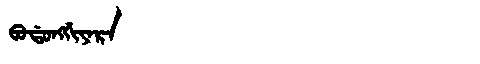
Manchu: ᠪᠣᡩᠣᠩᡤᡳᠶᠠᡵᠠ
Romanization: BODONGGIYARA